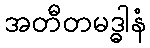
အတီတမဒ္ဓါနံ